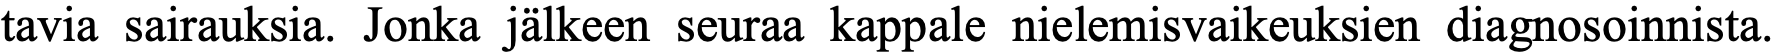
tavia sairauksia. Jonka jälkeen seuraa kappale nielemisvaikeuksien diagnosoinnista.